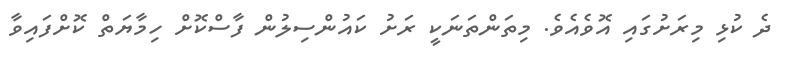
ދެ ކުޅި މިރަށުގައި އޮވެއެވެ. މިތަންތަނަކީ ރަށު ކައުންސިލުން ފާސްކޮށް ހިމާޔަތް ކޮށްފައިވާ